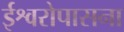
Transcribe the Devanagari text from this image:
ईश्वरोपासना